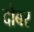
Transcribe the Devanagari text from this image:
दोबर